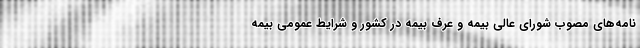
نامه‌های مصوب شورای عالی بیمه و عرف بیمه در کشور و شرایط عمومی بیمه